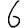
Digit: 6